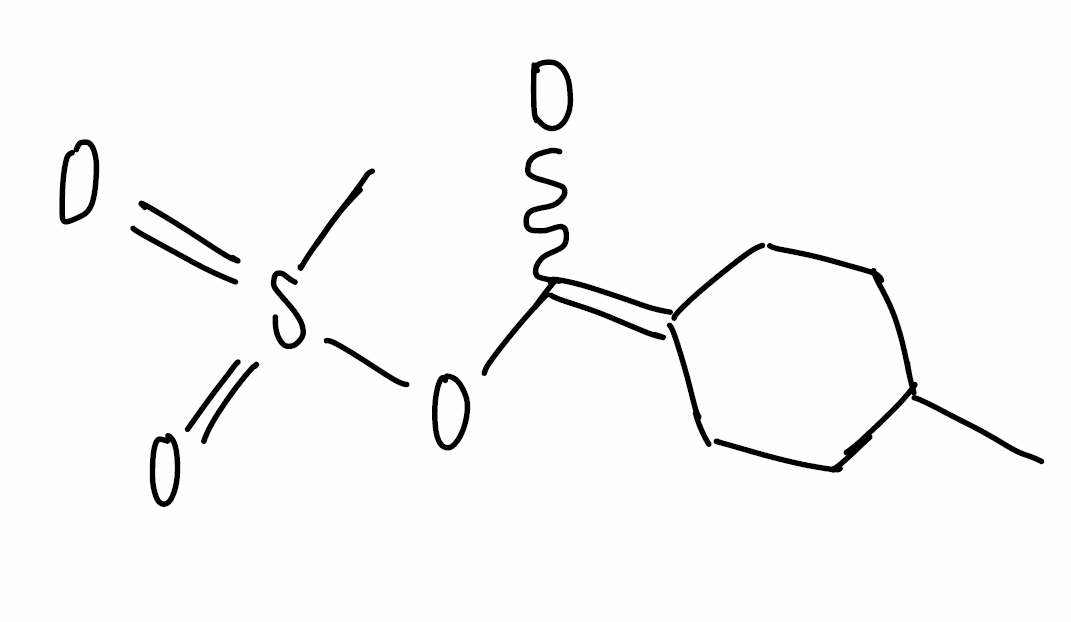
Simplified molecular-input line-entry system (SMILES) notation of the given molecule:
[2H]C(=C1CCC(CC1)C)OS(=O)(=O)C